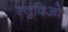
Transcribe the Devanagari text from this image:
स्तुदिओ